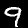
Digit: 9